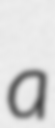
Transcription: a